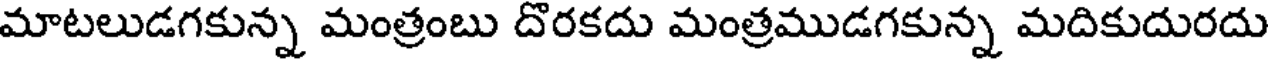
మాటలుడగకున్న మంత్రంబు దొరకదు మంత్రముడగకున్న మదికుదురదు